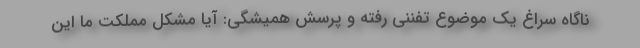
ناگاه سراغ یک موضوع تفننی رفته و پرسش همیشگی: آیا مشکل مملکت ما این